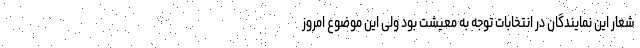
شعار این نمایندگان در انتخابات توجه به معیشت بود ولی این موضوع امروز